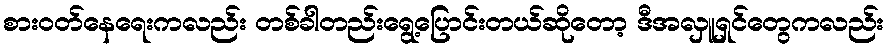
စားဝတ်နေရေးကလည်း တစ်ခါတည်းရွေ့ပြောင်းတယ်ဆိုတော့ ဒီအလှူရှင်တွေကလည်း